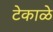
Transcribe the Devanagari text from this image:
टेकाळे